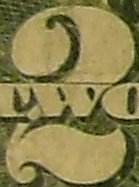
2